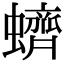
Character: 蠐